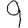
Digit: 9